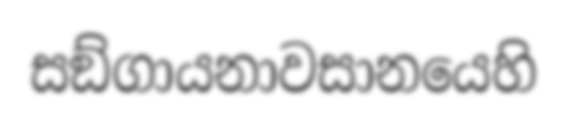
සඞ්ගායනාවසානයෙහි